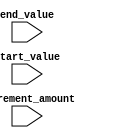
module decremental_for_loop (
    input [31:0] start_value,
    input [31:0] end_value,
    input [31:0] decrement_amount,
    // Other input and output ports for loop functionality

);

reg [31:0] counter;

always @ (posedge clk or negedge rst_n) begin
    if (~rst_n) begin
        counter <= 0;
    end else if (counter < end_value) begin
        // Loop body functionality here
        counter <= counter - decrement_amount;
    end
end

endmodule